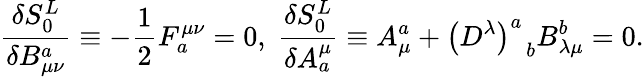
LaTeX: \frac{\delta S_{0}^{L}}{\delta B_{\mu\nu}^{a}}\equiv-\frac 12F_{a}^{\mu\nu}=0,\; \frac{\delta S_{0}^{L}}{\delta A_{a}^{\mu}}\equiv A_{\mu}^{a}+\left(D^{\lambda}\right)_{\; \; b}^{a}B_{\lambda\mu}^{b}=0.